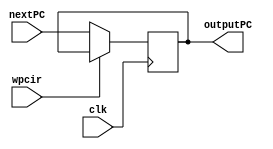
`timescale 1ns / 1ps
//////////////////////////////////////////////////////////////////////////////////
// Company: Penn State University
// 
// Design Name: 
// Module Name: 
// Project Name: MIPS CPU
// Target Devices: 
// Tool Versions: 
// Description: Fully Pipelined MIPS CPU
// 
// Dependencies: 
// 
// Revision:
// Revision 0.01 - File Created
// Additional Comments:
// 
//////////////////////////////////////////////////////////////////////////////////
//IF Stage

module ProgramCounter (clk, wpcir, nextPC, outputPC);
    input clk, wpcir;
    input [31:0] nextPC;
    output reg [31:0] outputPC;
    
    always @(posedge clk) begin
        if (!wpcir) begin
            outputPC <= nextPC;
        end
    end
endmodule



module PCmux(pcsrc, pc4, bpc, forwardA, jpc, nextpc);
    input [1:0] pcsrc;
    input [31:0] pc4, bpc, forwardA, jpc;
    output reg [31:0] nextpc;
    
    always @(pcsrc, pc4, bpc, forwardA, jpc) begin
        case(pcsrc)
            2'b00: nextpc <= pc4;   //next instruction
            2'b01: nextpc <= bpc;   //Next instruction for beq and bne
            2'b10: nextpc <= forwardA;    //target address in register for a jr instruction
            2'b11: nextpc <= jpc;    //jump target address of a j or jal instruction
        endcase 
    end
endmodule



module adder (currPC, pc4);
    input [31:0] currPC;
    output reg [31:0] pc4;

    initial begin
        pc4 = 0; //Set PC = 0
    end

    always @(currPC) begin
        pc4 <= currPC + 4;  //Increment PC by 4
    end
endmodule



module instruction_memory (address, instructionset); // instruction memory, rom
    input [31:0] address; // rom address
    output [31:0] instructionset; // rom content = rom[a]
    wire [31:0] rom [0:63]; // rom cells: 64 words * 32 bits
    // rom[word_addr] = instruction // (pc) label instruction
    assign rom[6'h00] = 32'h3c010000; // (00) main: lui $1, 0
    assign rom[6'h01] = 32'h34240050; // (04) ori $4, $1, 80
    //assign rom[6'h02] = 32'h00000000; // (08) call: jal sum
    assign rom[6'h02] = 32'h0c00001b; // (08) call: jal sum
    assign rom[6'h03] = 32'h20050004; // (0c) dslot1: addi $5, $0, 4
    assign rom[6'h04] = 32'hac820000; // (10) return: sw $2, 0($4)
    assign rom[6'h05] = 32'h8c890000; // (14) lw $9, 0($4)
    assign rom[6'h06] = 32'h01244022; // (18) sub $8, $9, $4
    assign rom[6'h07] = 32'h20050003; // (1c) addi $5, $0, 3
    assign rom[6'h08] = 32'h20a5ffff; // (20) loop2: addi $5, $5, -1
    assign rom[6'h09] = 32'h34a8ffff; // (24) ori $8, $5, 0xffff
    assign rom[6'h0a] = 32'h39085555; // (28) xori $8, $8, 0x5555
    assign rom[6'h0b] = 32'h2009ffff; // (2c) addi $9, $0, -1
    assign rom[6'h0c] = 32'h312affff; // (30) andi $10,$9,0xffff
    assign rom[6'h0d] = 32'h01493025; // (34) or $6, $10, $9
    assign rom[6'h0e] = 32'h01494026; // (38) xor $8, $10, $9
    assign rom[6'h0f] = 32'h01463824; // (3c) and $7, $10, $6
    assign rom[6'h10] = 32'h10a00003; // (40) beq $5, $0, shift
    assign rom[6'h11] = 32'h00000000; // (44) dslot2: nop
    assign rom[6'h12] = 32'h08000008; // (48) j loop2
    assign rom[6'h13] = 32'h00000000; // (4c) dslot3: nop
    assign rom[6'h14] = 32'h2005ffff; // (50) shift: addi $5, $0, -1
    assign rom[6'h15] = 32'h000543c0; // (54) sll $8, $5, 15
    assign rom[6'h16] = 32'h00084400; // (58) sll $8, $8, 16
    assign rom[6'h17] = 32'h00084403; // (5c) sra $8, $8, 16
    assign rom[6'h18] = 32'h000843c2; // (60) srl $8, $8, 15
    assign rom[6'h19] = 32'h08000019; // (64) finish: j finish
    assign rom[6'h1a] = 32'h00000000; // (68) dslot4: nop
    assign rom[6'h1b] = 32'h00004020; // (6c) sum: add $8, $0, $0
    assign rom[6'h1c] = 32'h8c890000; // (70) loop: lw $9, 0($4)
    assign rom[6'h1d] = 32'h01094020; // (74) stall: add $8, $8, $9
    assign rom[6'h1e] = 32'h20a5ffff; // (78) addi $5, $5, -1
    //assign rom[6'h1f] = 32'h00000000; // (7c) bne $5, $0, loop
    assign rom[6'h1f] = 32'h14a0fffc; // (7c) bne $5, $0, loop
    assign rom[6'h20] = 32'h20840004; // (80) dslot5: addi $4, $4, 4
    assign rom[6'h21] = 32'h03e00008; // (84) jr $31
    assign rom[6'h22] = 32'h00081000; // (88) dslot6: sll $2, $8, 0
    assign instructionset = rom[address[7:2]]; // use 6-bit word address to read rom
   
endmodule



module InstrMem (address, instructionset);
    input [31:0] address;
    output reg [31:0] instructionset;

    reg [31:0] IM[0:511];
    
    initial begin
        IM[100] = 32'b000000_00001_00010_00011_00000_100000;
        IM[104] = 32'b000000_01001_00011_00100_00000_100010;
        IM[108] = 32'b000000_00011_01001_00101_00000_100101;
        IM[112] = 32'b000000_00011_01001_00110_00000_100110;
        IM[116] = 32'b000000_00011_01001_00111_00000_100100;
    end
    
    always @(address) begin
        instructionset <= IM[address];
    end
endmodule



module IFID(clk, wpcir, pc4, instructionset, dpc4, op, rs, rt, rd, shamt, func, imm, addr);
    input clk, wpcir;
    input [31:0] pc4, instructionset;
    output reg [4:0] rs, rt, rd, shamt;
    output reg [5:0] op, func;
    output reg [15:0] imm;
    output reg [25:0] addr;
    output reg [31:0] dpc4;

    always @(posedge clk) begin
        if (!wpcir) begin
            dpc4 <= pc4;
            op <= instructionset[31:26];
            rs <= instructionset[25:21];
            rt <= instructionset[20:16];
            rd <= instructionset[15:11];
            shamt <= instructionset[10:6];
            func <= instructionset[5:0];
            imm <= instructionset[15:0];
            addr <= instructionset[25:0];
        end
        else begin
            op <= 6'b000000;
            rs <= 5'b00000;
            rt <= 5'b00000;
            rd <= 5'b00000;
            shamt <= 5'b00000;
            func <= 6'b000000;
            imm <= 16'h0000;
            addr <= 26'h000000;
        end
    end
endmodule



module ControlUnit (pcsrc, wpcir, op, func, rs, rt, mrn, mm2reg, mwreg, ern, em2reg, ewreg, wreg, m2reg, wmem, jal, aluc, aluimm, shift, regrt, rsrtequ, sext, fwdb, fwda);
    input [5:0] op, func;
    input [4:0] rs, rt, mrn, ern;
    input mm2reg, mwreg, em2reg, ewreg, rsrtequ;
    output reg wpcir, wreg, m2reg, wmem, jal, aluimm, shift, regrt, sext;
    output reg [3:0] aluc;
    output reg [1:0] pcsrc, fwdb, fwda;

    initial begin
        pcsrc = 0;
        wpcir = 0;
    end

    always @* begin
        //R-Type
        
        if (op == 6'b000000) begin
                m2reg <= 0;
                wmem <= 0;
                aluimm <= 0;
                regrt <= 0;
                jal <= 0;

            if (func == 6'b000000) begin        //sll
                wreg <= 1;
                aluc <= 4'b1111;
                shift <= 1;
                sext <= 1;
                pcsrc <= 0;                
            end

            else if (func == 6'b000010) begin   //srl
                wreg <= 1;
                aluc <= 4'b1110;
                shift <= 1;
                sext <= 1;
                pcsrc <= 0;
            end 

            else if (func == 6'b000011) begin   //sra
                wreg <= 1;
                aluc <= 4'b1101;
                shift <= 1;
                sext <= 1;
                pcsrc <= 0;
            end 
            
            else if (func == 6'b001000) begin   //jr
                wreg <= 0;
                aluc <= 4'b1000;
                shift <= 0;
                sext <= 0;
                pcsrc <= 2;
            end 

            else if (func == 6'b100000) begin     //add
                wreg <= 1;
                aluc <= 4'b0010;
                shift <= 0;
                sext <= 0;
                pcsrc <= 0;
            end

            else if (func == 6'b100010) begin      //sub
                wreg <= 1;
                aluc <= 4'b0110;
                shift <= 0;
                sext <= 0;
                pcsrc <= 0;
            end
            
            else if (func == 6'b100100) begin    //AND;
                wreg <= 1;
                aluc <= 4'b0000;
                shift <= 0;
                sext <= 0;
                pcsrc <= 0;
            end
            
            else if (func == 6'b100101) begin    //OR
                wreg <= 1;
                aluc <= 4'b0001;
                shift <= 0;
                sext <= 0;
                pcsrc <= 0;
            end
            
            else if (func == 6'b100110) begin   //XOR
                wreg <= 1;
                aluc <= 4'b0011;
                shift <= 0;
                sext <= 0;
                pcsrc <= 0;
            end
            
            else if (func == 6'b101010) begin    //slt
                wreg <= 1;
                aluc <= 4'b0111;
                shift <= 0;
                sext <= 0;
                pcsrc <= 0;
            end
        end

        else if (op == 6'b001000) begin              //addi
                wreg <= 1;
                m2reg <= 0;
                wmem <= 0;
                aluimm <= 1;
                regrt <= 1; 
                aluc <= 4'b0010;
                shift <= 0;
                sext <= 1;
                jal <= 0;
                pcsrc <= 0;
        end

        else if (op == 6'b001100) begin               //andi
                wreg <= 1;
                m2reg <= 0;
                wmem <= 0;
                aluimm <= 1;
                regrt <= 1; 
                aluc <= 4'b0000;
                shift <= 0;
                sext <= 0;
                jal <= 0;
                pcsrc <= 0;
        end

        else if (op == 6'b001101) begin            //ori
                wreg <= 1;
                m2reg <= 0;
                wmem <= 0;
                aluimm <= 1;
                regrt <= 1; 
                aluc <= 4'b0001;
                shift <= 0;
                sext <= 0;
                jal <= 0;
                pcsrc <= 0;
        end

        else if (op == 6'b001110) begin               //xori
                wreg <= 1;
                m2reg <= 0;
                wmem <= 0;
                aluimm <= 1;
                regrt <= 1; 
                aluc <= 4'b0011;
                shift <= 0;
                sext <= 0;
                jal <= 0;
                pcsrc <= 0;
        end

        else if (op == 6'b001111) begin               //lui
                wreg <= 1;
                m2reg <= 0;
                wmem <= 0;
                aluimm <= 1;
                regrt <= 1; 
                aluc <= 4'b0100;
                shift <= 0;
                sext <= 0;
                jal <= 0;
                pcsrc <= 0;
        end   
      
        
        else if (op == 6'b100011) begin     //lw
            wreg <= 1;
            m2reg <= 1;
            wmem <= 0;
            aluc <= 4'b0010;
            aluimm <= 1;
            regrt <= 1;
            shift <= 0;
            sext <= 0; 
            jal <= 0;           
            pcsrc <= 0;
        end
        
        else if (op == 6'b101011) begin     //sw
            wreg <= 0;
            m2reg <= 0;
            wmem <= 1;
            aluc <= 4'b0010;
            aluimm <= 1;
            regrt <= 1;
            shift <= 0;
            sext <= 0;
            jal <= 0;
            pcsrc <= 0;
        end
        
        else if (op == 6'b000100) begin     //beq
            wreg <= 0;
            m2reg <= 0;
            wmem <= 0;
            aluc <= 4'b0110;
            aluimm <= 0;
            regrt <= 1;
            shift <= 0;
            sext <= 0;
            jal <= 0;
            case(rsrtequ)
                1'b0: pcsrc <= 0;
                1'b1: pcsrc <= 1;
            endcase
        end

        else if (op == 6'b000101) begin     //bne
            wreg <= 0;
            m2reg <= 0;
            wmem <= 0;
            aluc <= 4'b1110;
            aluimm <= 0;
            regrt <= 1;
            shift <= 0;
            sext <= 0;
            jal <= 0;
            case(rsrtequ)
                1'b0: pcsrc <= 1;
                1'b1: pcsrc <= 0;
            endcase
        end
        
        //J-Type
        else if (op == 6'b000010) begin     //j
            wreg <= 0;
            m2reg <= 0;
            wmem <= 0;
            aluc <= 4'b1000;
            aluimm <= 0;
            regrt <= 1;
            shift <= 0;
            sext <= 0;
            jal <= 0;
            pcsrc <= 3;
        end          

        else if (op == 6'b000011) begin     //jal
            wreg <= 1;
            m2reg <= 0;
            wmem <= 0;
            aluc <= 4'b1000;
            aluimm <= 0;
            regrt <= 1;
            shift <= 0;
            sext <= 1;
            jal <= 1;
            pcsrc <= 3;
        end 
    end
    
    always @(rs, rt, mrn, mm2reg, mwreg, ern, em2reg, ewreg) begin
        //EXE/MEM.RegisterRd == ID/EXE.RegisterRs
        if ((ewreg) && (ern != 0) && rs == ern) begin
            fwda = 01;
        end
        //MEM/WB.RegisterRd == ID/EXE.RegisterRs
        else if ((mwreg) && (!mm2reg) && (mrn != 0) && rs == mrn) begin
            fwda = 10;
        end
        //do
        else if ((mwreg) && (em2reg) && (mrn != 0) && rs == mrn) begin
            fwda = 11;
        end        
        //Use qa
        else begin
            fwda = 00;
        end 
                   
        //EXE/MEM.RegisterRd == ID/EXE.RegisterRt
        if ((ewreg) && (ern != 0) && rt == ern) begin
            fwdb = 01;
        end    
        //MEM/WB.RegisterRd == ID/EXE.RegisterRt
        else if ((mwreg) && (!mm2reg) && (mrn != 0) && rt == mrn) begin
            fwdb = 10;
        end 
        //do
         else if ((mwreg) && (em2reg) && (mrn != 0) && rt == mrn) begin
            fwdb = 11;
        end 
        else begin
            fwdb = 00;
        end   
    end

    always @* begin
        if (ewreg && em2reg && (ern != 0) && (rs && (ern == rs) || rt && (ern == rt))) begin
            wpcir <= 1;
        end
        else begin
            wpcir <= 0;
        end
    end

endmodule



module JumpPC(dpc4, addr, jpc);
    input [31:0] dpc4;
    input [25:0] addr;
    output reg [31:0] jpc;

    always @(addr) begin
        jpc <= {dpc4[31:28], addr, 2'b00};
    end
endmodule



module BranchPCShift(imm, branchshift);

    input [15:0] imm;
    output reg [31:0] branchshift;
    
    always @(imm) begin
        branchshift <= {{14{imm[15]}}, imm, 2'b00};
    end
    
endmodule



module BranchPC(dpc4, branchshift, bpc);
    input [31:0] dpc4, branchshift;
    output reg [31:0] bpc;

    always @(branchshift, dpc4) begin
        bpc <= dpc4 + branchshift;
    end 
endmodule



module Regfile (clk, we, rs, rt, wn, d, qa, qb);
    input clk, we;
    input [4:0] rs, rt, wn;
    input [31:0] d;
    output reg [31:0] qa, qb;

    integer i;
    reg [31:0] RF[0:31];
    
    initial begin
        for (i = 0; i< 32; i = i + 1) begin
            RF[i] = 0;
        end
    end
    
    always @(negedge clk, rs, rs) begin
            qa <= RF[rs];
            qb <= RF[rt];    
    end
    
    always @(posedge clk, we, wn, d) begin
        if (we) begin
                RF[wn] <= d;
        end
    end
endmodule



module ForwardAMux(fwda, qa, ALUresultEXE, ALUresultMEM, do, ForwardAOutput);
    input [1:0] fwda;
    input [31:0] qa, ALUresultEXE, ALUresultMEM, do;
    output reg [31:0] ForwardAOutput;
    
    always @(fwda, qa, ALUresultEXE, ALUresultMEM, do) begin
        case(fwda)
            2'b00: ForwardAOutput <= qa;
            2'b01: ForwardAOutput <= ALUresultEXE;
            2'b10: ForwardAOutput <= ALUresultMEM;
            2'b11: ForwardAOutput <= do;
        endcase
    end
    
endmodule



module ForwardBMux(fwdb, qb, ALUresultEXE, ALUresultMEM, do, ForwardBOutput);
    input [1:0] fwdb;
    input [31:0] qb, ALUresultEXE, ALUresultMEM, do;
    output reg [31:0] ForwardBOutput;
    
    always @(fwdb, qb, ALUresultEXE, ALUresultMEM, do) begin
        case(fwdb)
            2'b00: ForwardBOutput <= qb;
            2'b01: ForwardBOutput <= ALUresultEXE;
            2'b10: ForwardBOutput <= ALUresultMEM;
            2'b11: ForwardBOutput <= do;
        endcase
    end
endmodule



module rsrtEqualCheck(ForwardA, ForwardB, rsrtequ);
    input [31:0] ForwardA, ForwardB;
    output reg rsrtequ; 
    
    always @(ForwardA, ForwardB) begin
        if (ForwardA == ForwardB) begin
            rsrtequ <= 1;
        end
        else begin
            rsrtequ <= 0;
        end
    end   
endmodule



module SignExt (sext, immediate, signextout);
    input sext;
    input [15:0] immediate;
    output reg [31:0] signextout;
    
    always @(immediate, sext) begin
        if (sext) begin
            signextout <= {{16{immediate[15]}}, immediate[15:0]};
        end
        else begin
            signextout <= {16'b0, immediate[15:0]};
        end
    end
endmodule



module rsrtMux(regrt, rt, rd, IDmuxout);
    input regrt;
    input [4:0] rd, rt;
    output reg [4:0] IDmuxout;

    always @(rd, rt, regrt) begin
        if (!regrt) begin
            IDmuxout <= rd;
        end
        else begin
            IDmuxout <= rt;
        end
    end
endmodule



module IDEXE(clk, wreg, m2reg, wmem, jal, aluc, aluimm, shift, dpc4, shamt, da, db, dimm, drn, 
                ewreg, em2reg, ewmem, ejal, ealuc, ealuimm, eshift, epc4, eshamt, ea, eb, eimm, ern0);
    input clk, wreg, m2reg, wmem, jal, aluimm, shift;
    input [3:0] aluc;
    input [4:0] shamt, drn;
    input [31:0] dpc4, da, db, dimm;
    output reg ewreg, em2reg, ewmem, ejal, ealuimm, eshift;
    output reg [3:0] ealuc;
    output reg [4:0] eshamt, ern0;
    output reg [31:0] epc4, ea, eb, eimm;

    always @(posedge clk) begin
        ewreg <= wreg;
        em2reg <= m2reg;
        ewmem <= wmem;
        ealuc <= aluc;
        ejal <= jal;
        ealuimm <= aluimm;
        eshift <= shift;
        eshamt <= shamt;
        epc4 <= dpc4;
        ea <= da;
        eb <= db;
        eimm <= dimm;
        ern0 <= drn;
    end
endmodule



module epc4Adder(epc4, epc8);
    input [31:0] epc4;
    output reg [31:0] epc8;

    always @(epc4) begin
        epc8 <= epc4 + 4;
    end
endmodule



module ALUmuxA(eshift, forwardA, shamt, ALUmuxoutA);
    input eshift;
    input [4:0] shamt;
    input [31:0] forwardA;
    output reg [31:0] ALUmuxoutA;

    always @(forwardA, shamt, eshift) begin
        if (eshift == 0) begin
            ALUmuxoutA <= forwardA;
        end
        else begin
            ALUmuxoutA <= shamt;
        end
    end
endmodule



module ALUmuxB(ealuimm, qb, signext, ALUmuxoutB);
    input ealuimm;
    input [31:0] qb, signext;
    output reg [31:0] ALUmuxoutB;

    always @(qb, signext, ealuimm) begin
        if (ealuimm == 0) begin
            ALUmuxoutB <= qb;
        end
        else begin
            ALUmuxoutB <= signext;
        end
    end
endmodule



module ALU(aluc, a, b, r);
    input [3:0] aluc;
    input [31:0] a, b;
    output reg [31:0] r;
    
    always @(aluc, a, b) begin
        case(aluc)
            4'b0000: r = a & b;                     //and
            4'b0001: r = a | b;                     //or
            4'b0010: r = a + b;                     //add
            4'b0011: r = a ^ b;                     //xor
            4'b0100: r = b << 16;                   //lui
            4'b0110: r = a - b;                     //sub    
            4'b0111: r = (a < b) ? 1 : 0;           //slt
            4'b1000: r = 0;                         //doesn't matter
            4'b1101: r = a >>> b;                   //sra
            4'b1110: r = a >> b;                    //srl
            4'b1111: r = a << b;                    //sll
        endcase
    end
endmodule



module PostALUMux(ejal, epc8, ALUresult, ealu);
    input ejal;
    input [31:0] epc8, ALUresult;
    output reg [31:0] ealu;
    
    always @(ejal, epc8, ALUresult) begin
        if (ejal) begin
            ealu <= epc8; 
        end
        else begin
            ealu <= ALUresult;
        end
    end

endmodule



module f(ejal, ern0, ern);
    input ejal;
    input [4:0] ern0;
    output reg [4:0] ern;
    
    always @(ern0, ejal)
    if (ejal) begin
        ern <= 5'b11111;
    end
    else begin
        ern <= ern0;
    end
    
endmodule



module EXEMEM(clk, ewreg, em2reg, ewmem, ealu, eb, ern, 
                    mwreg, mm2reg, mwmem, malu, di, mrn);
    input clk, ewreg, em2reg, ewmem;
    input [4:0] ern;
    input [31:0] ealu, eb;
    output reg mwreg, mm2reg, mwmem;
    output reg [4:0] mrn;
    output reg [31:0] malu, di;
    
    always @(posedge clk) begin
        mwreg <= ewreg;
        mm2reg <= em2reg;
        mwmem <= ewmem;
        mrn <= ern;
        malu <= ealu;
        di <= eb;
    end
    
endmodule



module data_memory (clk, we, addr, datain, dataout); // data memory, ram
    input clk, we; // clock
    input [31:0] addr; // ram address
    input [31:0] datain; // data in (to memory)
    output [31:0] dataout; // data out (from memory)
    
    reg [31:0] ram [0:31]; // ram cells: 32 words * 32 bits
    
    assign dataout = ram[addr[6:2]]; // use 5-bit word address
    always @ (posedge clk) begin
        if (we) ram[addr[6:2]] = datain; // write ram
    end
    
    integer i;
    initial begin // ram initialization
        for (i = 0; i < 32; i = i + 1)
        ram[i] = 0;
        // ram[word_addr] = data // (byte_addr) item in data array
        ram[5'h14] = 32'h000000a3; // (50) data[0] 0 + a3 = a3
        ram[5'h15] = 32'h00000027; // (54) data[1] a3 + 27 = ca
        ram[5'h16] = 32'h00000079; // (58) data[2] ca + 79 = 143
        ram[5'h17] = 32'h00000115; // (5c) data[3] 143 + 115 = 258
        // ram[5'h18] should be 0x00000258, the sum stored by sw instruction
    end
endmodule



module DataMem(we, a, di, do);
    input we;
    input [31:0] a, di;
    output reg [31:0] do;
    
    reg [31:0] DM[0:255];
    
    initial begin
        DM[0] = 32'hA00000AA;
        DM[4] = 32'h10000011;
        DM[8] = 32'h20000022;
        DM[12] = 32'h30000033;
        DM[16] = 32'h40000044;
        DM[20] = 32'h50000055;
        DM[24] = 32'h60000066;
        DM[28] = 32'h70000077;
        DM[32] = 32'h80000088;
        DM[36] = 32'h90000099;
    end
    
    always @(a, di, we) begin
        if (we == 0) begin
            do <= DM[a]; 
        end
        else begin
            DM[a] <= di;
        end
    end
    
endmodule



module MEMWB(clk, mwreg, mm2reg, malu, do, mrn, 
                wwreg, wm2reg, walu, wbdo, wrn);
    input clk, mwreg, mm2reg;
    input [4:0] mrn;
    input [31:0] malu, do;
    output reg wwreg, wm2reg;
    output reg [4:0] wrn;
    output reg [31:0] walu, wbdo;
    
    always @(posedge clk) begin
        wwreg <= mwreg;
        wm2reg <= mm2reg;
        wrn <= mrn;
        walu <= malu;
        wbdo <= do;
    end
    
endmodule


//Write back stage
module WBmux(wm2reg, walu, wbdo, wdi);
    input wm2reg;
    input [31:0] walu, wbdo;
    output reg [31:0] wdi;
    
    always @(wm2reg, walu, wbdo) begin
        if (wm2reg) begin
            wdi <= wbdo;
        end
        else begin
            wdi <= walu;
        end
    end
    
endmodule